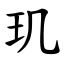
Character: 玑